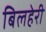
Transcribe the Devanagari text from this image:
बिलहेरी